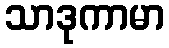
သာဒုကာမာ